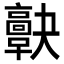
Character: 𩫠